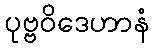
ပုဗ္ဗဝိဒေဟာနံ